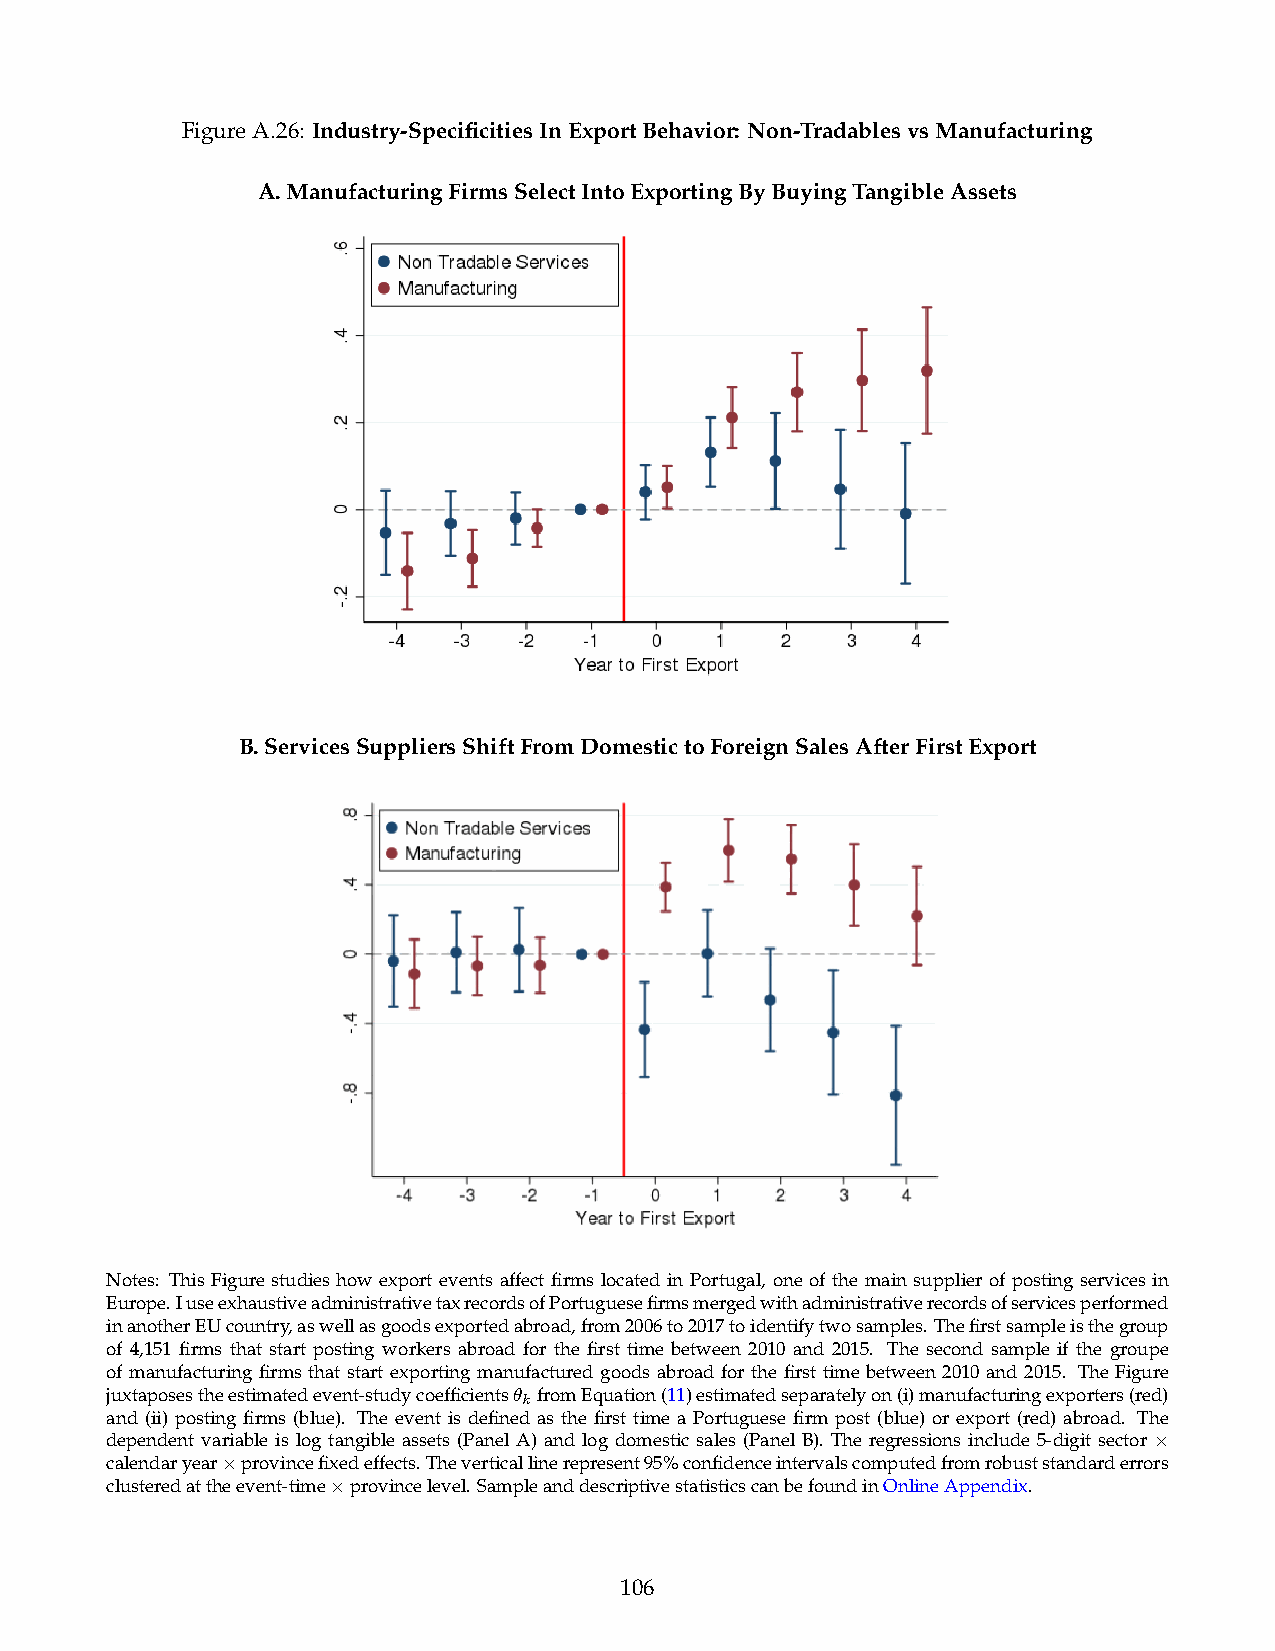
FigureA.26: Industry-SpecificitiesInExportBehavior: Non-TradablesvsManufacturing
 A.ManufacturingFirmsSelectIntoExportingByBuyingTangibleAssets
 B.ServicesSuppliersShiftFromDomestictoForeignSalesAfterFirstExport
 Notes: This Figure studies how export events affect firms located in Portugal, one of the main supplier of posting services in
 Europe.IuseexhaustiveadministrativetaxrecordsofPortuguesefirmsmergedwithadministrativerecordsofservicesperformed
 inanotherEUcountry,aswellasgoodsexportedabroad,from2006to2017toidentifytwosamples.Thefirstsampleisthegroup
 of 4,151 firms that start posting workers abroad for the first time between 2010 and 2015. The second sample if the groupe
 of manufacturing firms that start exporting manufactured goods abroad for the first time between 2010 and 2015. The Figure
 juxtaposestheestimatedevent-studycoefficients✓ kfromEquation(11)estimatedseparatelyon(i)manufacturingexporters(red)
 and (ii) posting firms (blue). The event is defined as the first time a Portuguese firm post (blue) or export (red) abroad. The
 dependent variable is log tangible assets (Panel A) and log domestic sales (Panel B). The regressions include 5-digit sector
 ⇥
 calendaryear provincefixedeffects.Theverticallinerepresent95%confidenceintervalscomputedfromrobuststandarderrors
 ⇥
 clusteredattheevent-time provincelevel.SampleanddescriptivestatisticscanbefoundinOnlineAppendix.
 ⇥
 106